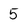
Character: 5